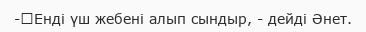
-	Енді үш жебені алып сындыр, - дейді Әнет.